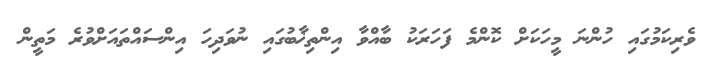
ވެރިކަމުގައި ހުންނަ މީހަކަށް ކޮންމެ ފަހަރަކު ބާއްވާ އިންތިޚާބުގައި ނުވަދިހަ އިންސައްތައަށްވުރެ މަތީން